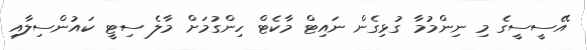
އޭސީސީގެ މި ނިންމުމާ ގުޅިގެން ނައިޓް މާކެޓް ހިންގުމަށް މާލެ ސިޓީ ކައުންސިލާއި